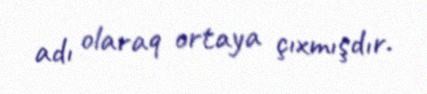
adı olaraq ortaya çıxmışdır.